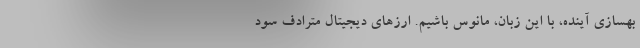
بهسازی آینده، با این زبان، مانوس باشیم. ارزهای دیجیتال مترادف سود